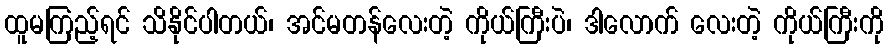
ထူမကြည့်ရင် သိနိုင်ပါတယ်၊ အင်မတန်လေးတဲ့ ကိုယ်ကြီးပဲ၊ ဒါလောက် လေးတဲ့ ကိုယ်ကြီးကို